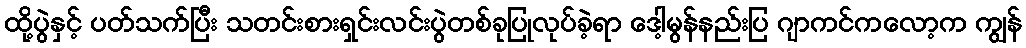
ထို့ပွဲနှင့် ပတ်သက်ပြီး သတင်းစားရှင်းလင်းပွဲတစ်ခုပြုလုပ်ခဲ့ရာ ဒေါ့မွန်နည်းပြ ဂျာကင်ကလော့က ကျွန်